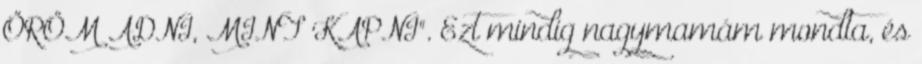
ÖRÖM ADNI, MINT KAPNI". Ezt mindig nagymamám mondta, és